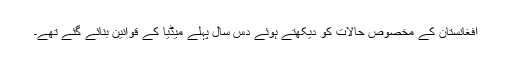
افغانستان کے مخصوص حالات کو دیکھتے ہوئے دس سال پہلے میڈیا کے قوانین بنائے گئے تھے۔